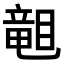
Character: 𥉩